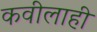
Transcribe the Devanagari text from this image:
कवीलाही